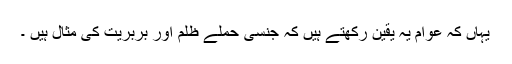
یہاں کہ عوام یہ یقین رکھتے ہیں کہ جنسی حملے ظلم اور بربریت کی مثال ہیں ۔